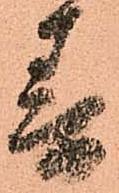
春